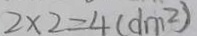
2 \times 2 = 4 ( d m ^ { 2 } )